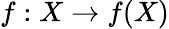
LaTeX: f:X\to f(X)